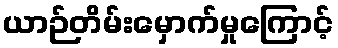
ယာဉ်တိမ်းမှောက်မှုကြောင့်